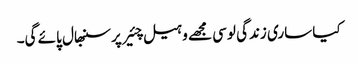
کیا ساری زندگی لوسی مجھے وہیل چئیر پر سنبھال پائے گی۔